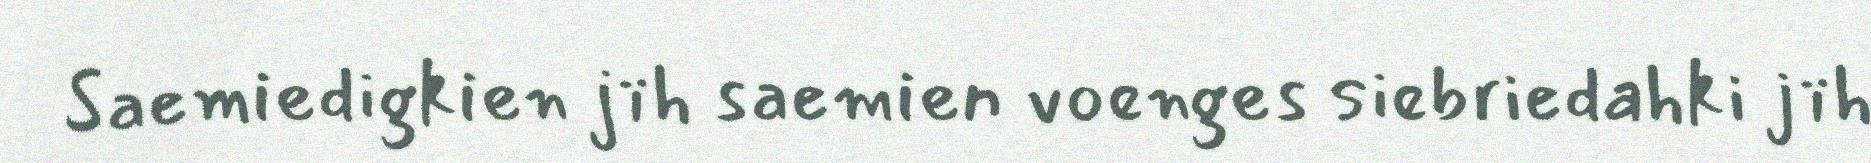
Saemiedigkien jïh saemien voenges siebriedahki jïh